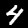
Digit: 4